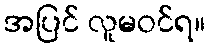
အပြင် လူမဝင်ရ။